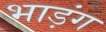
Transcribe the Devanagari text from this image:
भाड़ंग